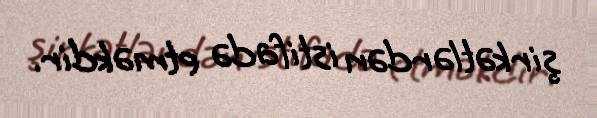
şirkətlərdən istifadə etməkdir.